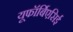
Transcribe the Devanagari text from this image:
यूफॉर्बिएसिई